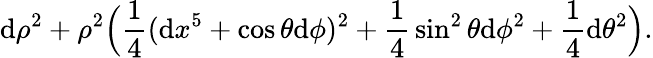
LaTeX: \mathrm{d}\rho^{2}+\rho^{2}\Big({\frac{{1}}{{4}}}(\mathrm{d}x^{5}+\cos\theta\mathrm{d}\phi)^{2}+{\frac{{1}}{{4}}}\sin^{2}\theta\mathrm{d}\phi^{2}+{\frac{{1}}{{4}}}\mathrm{d}\theta^{2}\Big).